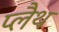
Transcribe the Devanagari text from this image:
प्लैथ